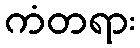
ကံတရား